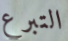
التبرع